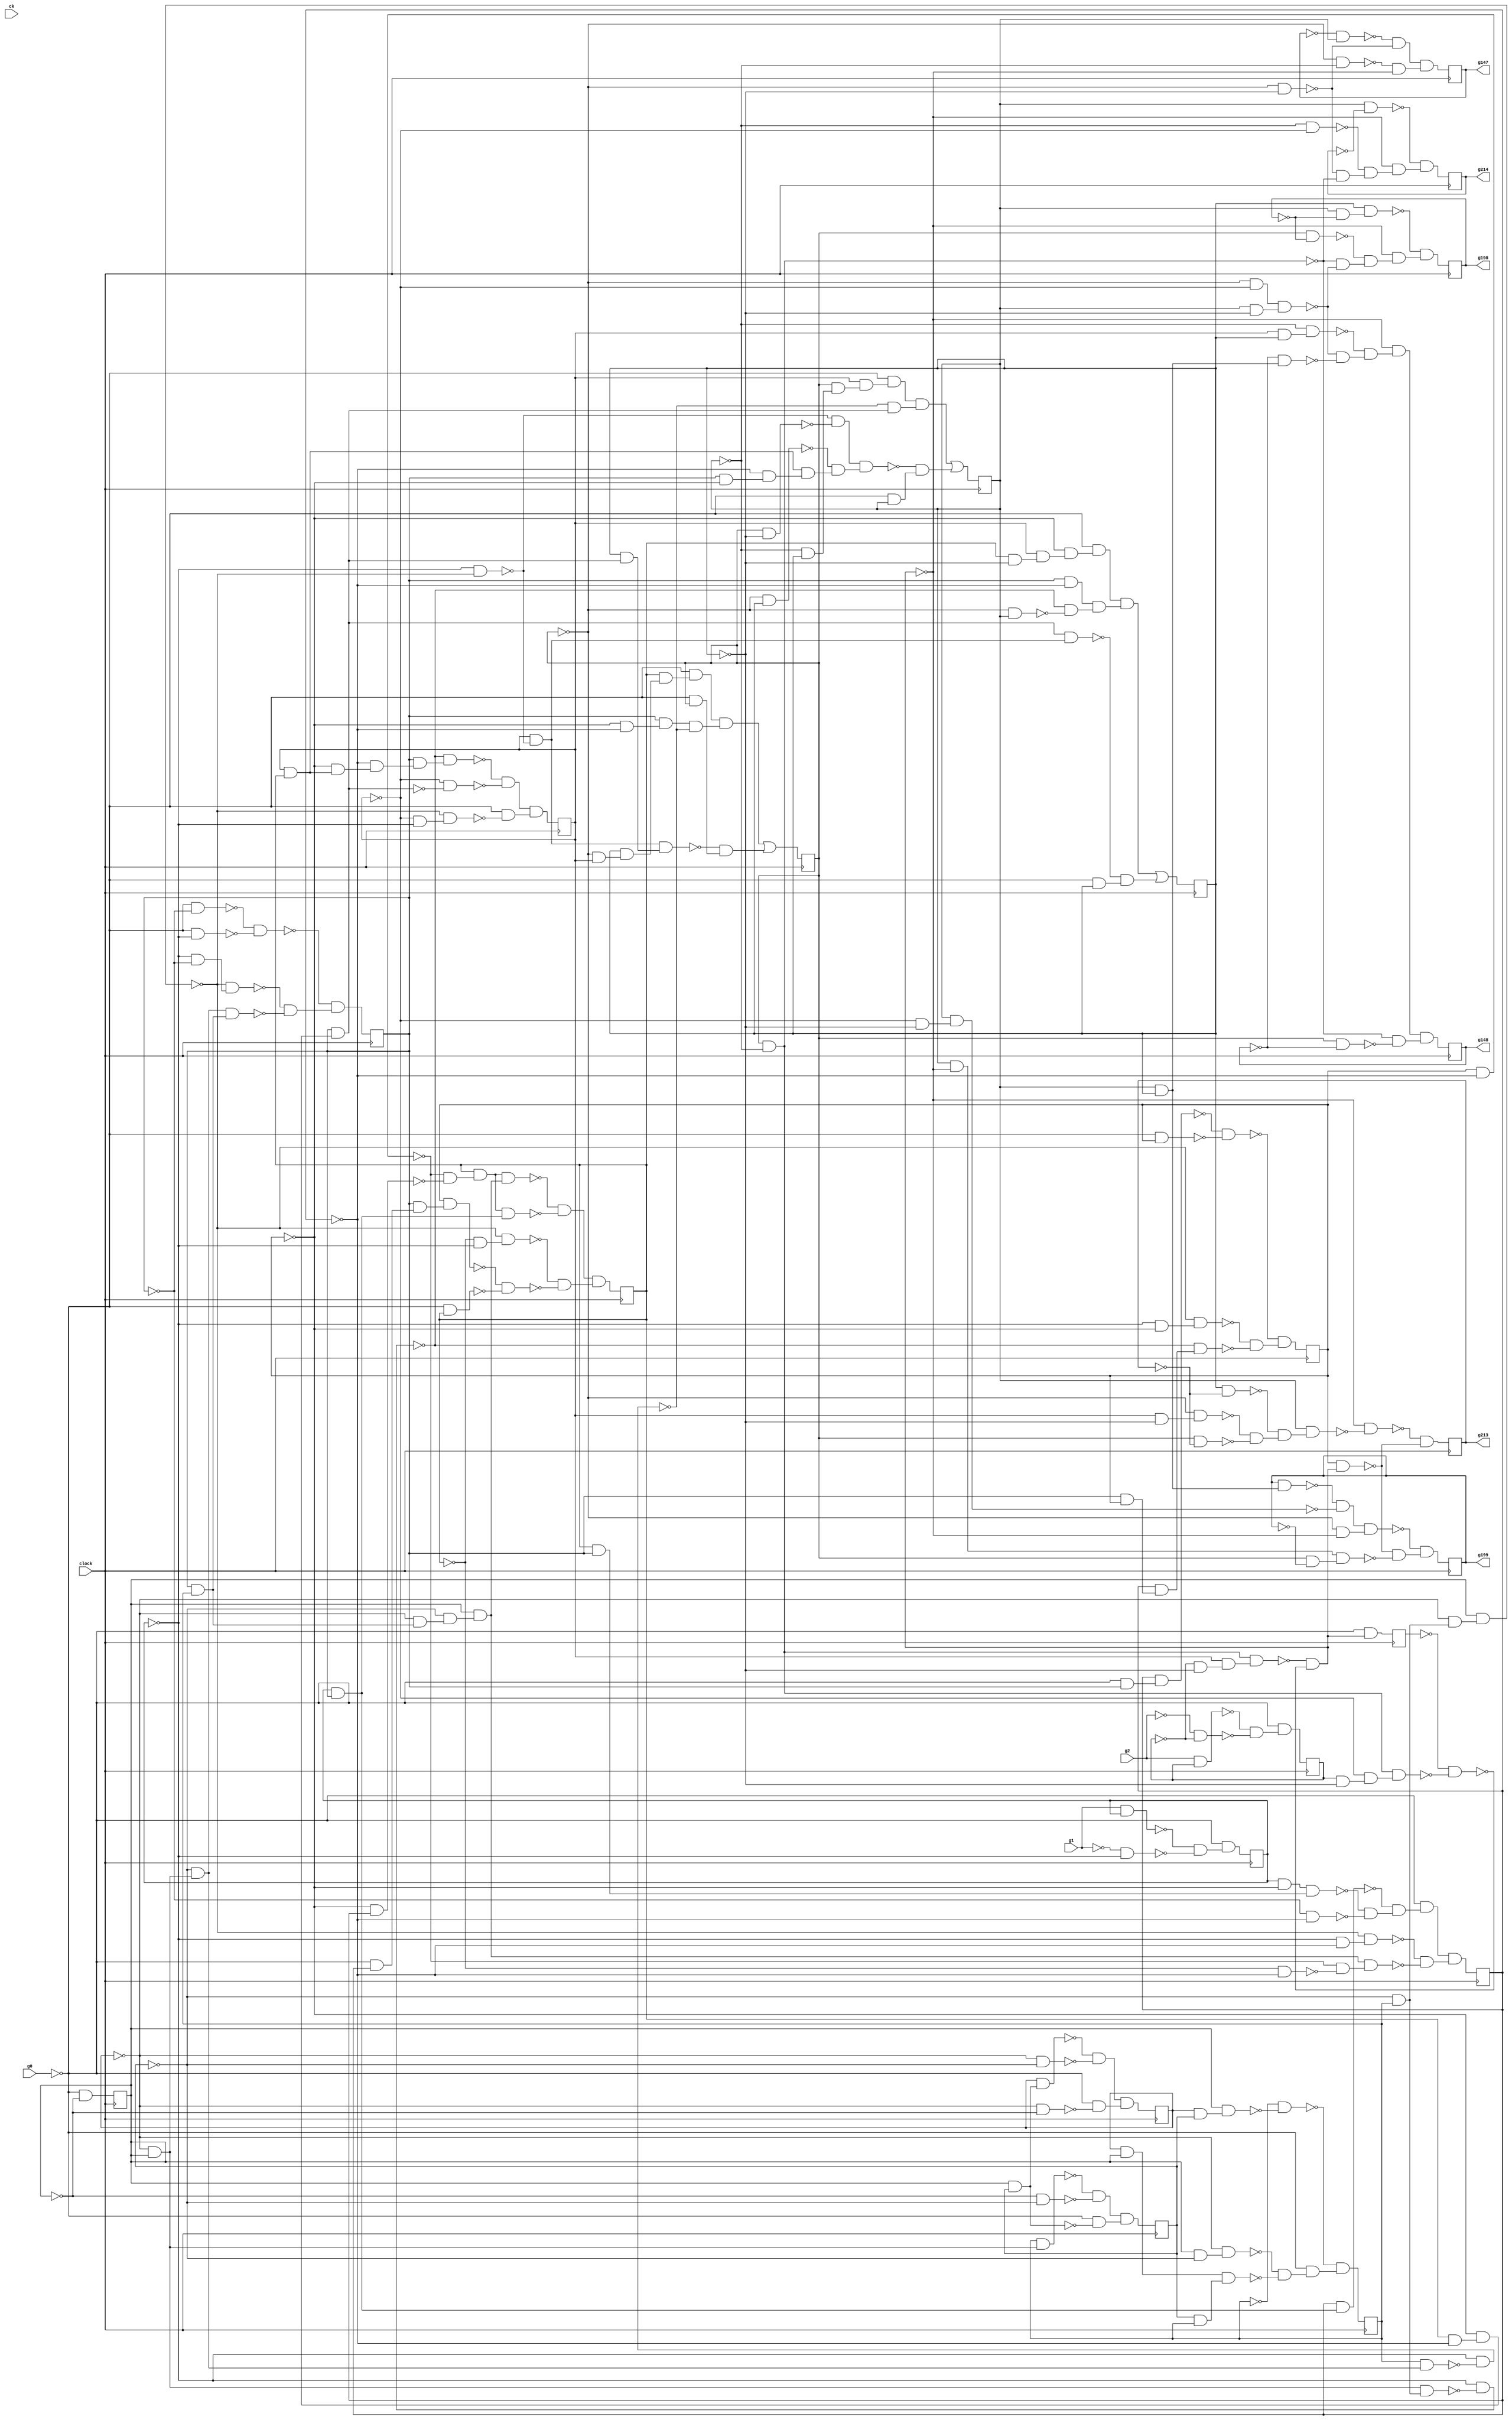
module top ( clock, 
    ck, g2, g1, g0,
    g214, g148, g147, g213, g199, g198  );
  input  clock;
  input  ck, g2, g1, g0;
  output g214, g148, g147, g213, g199, g198;
  reg ng12, ng23, ng24, ng14, ng13, ng22, ng20, ng10, ng19, ng11, ng29,
    ng21, ng30, ng16, ng27, ng15, ng28, ng18, ng25, ng17, ng26;
  wire new_n74_, new_n75_, new_n76_, new_n77_1_, new_n78_, new_n79_,
    new_n80_, new_n81_, new_n82_1_, new_n83_, new_n84_, new_n85_, new_n86_,
    new_n87_1_, new_n88_, new_n89_, new_n90_, new_n91_, new_n92_1_,
    new_n93_, new_n94_, new_n95_, new_n96_, new_n97_1_, new_n99_,
    new_n100_, new_n101_, new_n102_1_, new_n103_, new_n104_, new_n105_,
    new_n106_, new_n107_1_, new_n108_, new_n109_, new_n110_, new_n111_,
    new_n112_1_, new_n114_, new_n115_, new_n116_, new_n117_1_, new_n118_,
    new_n119_, new_n120_, new_n121_, new_n122_1_, new_n123_, new_n124_,
    new_n125_, new_n127_, new_n128_, new_n129_, new_n130_, new_n131_,
    new_n132_, new_n134_, new_n135_, new_n136_, new_n137_, new_n138_,
    new_n139_, new_n140_, new_n141_, new_n142_, new_n143_, new_n144_,
    new_n145_, new_n146_, new_n147_, new_n148_, new_n149_, new_n150_,
    new_n153_, new_n154_, new_n155_, new_n156_, new_n157_, new_n158_,
    new_n159_, new_n160_, new_n161_, new_n162_, new_n163_, new_n166_,
    new_n167_, new_n168_, new_n169_, new_n170_, new_n171_, new_n172_,
    new_n173_, new_n174_, new_n175_, new_n176_, new_n177_, new_n178_,
    new_n179_, new_n180_, new_n181_, new_n182_, new_n183_, new_n184_,
    new_n185_, new_n187_, new_n188_, new_n189_, new_n190_, new_n192_,
    new_n193_, new_n194_, new_n196_, new_n197_, new_n198_, new_n199_,
    new_n200_, new_n201_, new_n202_, new_n203_, new_n204_, new_n205_,
    new_n206_, new_n207_, new_n209_, new_n210_, new_n211_, new_n213_,
    new_n214_, new_n215_, new_n216_, new_n217_, new_n218_, new_n219_,
    new_n221_, new_n222_, new_n223_, new_n224_, new_n225_, new_n226_,
    new_n227_, new_n228_, new_n229_, new_n231_, new_n232_, new_n233_,
    new_n234_, new_n235_, new_n236_, new_n237_, new_n238_, new_n239_,
    new_n240_, new_n242_, new_n243_, new_n244_, new_n245_, new_n246_,
    new_n248_, new_n249_, new_n250_, new_n251_, new_n252_, new_n253_,
    new_n254_, new_n255_, new_n256_, new_n257_, new_n259_, new_n260_,
    new_n261_, new_n262_, new_n263_, new_n264_, new_n266_, new_n267_,
    new_n268_, new_n269_, new_n270_, new_n271_, new_n272_, new_n273_,
    new_n274_, new_n275_, new_n276_, new_n277_, new_n278_, new_n279_,
    new_n281_, new_n282_, new_n283_, new_n284_, new_n285_, new_n286_,
    new_n287_, new_n288_, new_n289_, new_n290_, n22, n27, n32, n37, n42,
    n47, n52, n57, n62, n67, n72, n77, n82, n87, n92, n97, n102, n107,
    n112, n117, n122;
  assign new_n74_ = ~ng12 & ng20;
  assign new_n75_ = ng21 & new_n74_;
  assign new_n76_ = ng19 & new_n75_;
  assign new_n77_1_ = ~ng18 & ~ng17;
  assign new_n78_ = ng16 & new_n77_1_;
  assign new_n79_ = ~ng14 & ng10;
  assign new_n80_ = ~ng11 & new_n79_;
  assign new_n81_ = ng15 & new_n80_;
  assign new_n82_1_ = ~ng30 & ~new_n81_;
  assign new_n83_ = ~g0 & new_n76_;
  assign new_n84_ = new_n78_ & ~new_n82_1_;
  assign new_n85_ = new_n83_ & new_n84_;
  assign new_n86_ = ~ng11 & ng15;
  assign new_n87_1_ = ~ng14 & new_n86_;
  assign new_n88_ = ng10 & new_n87_1_;
  assign new_n89_ = ~ng30 & ~new_n88_;
  assign new_n90_ = ng19 & ~ng17;
  assign new_n91_ = ~ng18 & new_n90_;
  assign new_n92_1_ = ng16 & new_n91_;
  assign new_n93_ = ng20 & ~new_n89_;
  assign new_n94_ = ng21 & new_n92_1_;
  assign new_n95_ = new_n93_ & new_n94_;
  assign new_n96_ = ~g0 & ng12;
  assign new_n97_1_ = ~new_n95_ & new_n96_;
  assign n22 = new_n85_ | new_n97_1_;
  assign new_n99_ = ~ng23 & ng13;
  assign new_n100_ = ~ng12 & ~ng21;
  assign new_n101_ = ~ng12 & ~ng13;
  assign new_n102_1_ = ng12 & ~ng13;
  assign new_n103_ = ~ng29 & ~ng21;
  assign new_n104_ = ng20 & new_n103_;
  assign new_n105_ = new_n102_1_ & new_n104_;
  assign new_n106_ = ng29 & ~ng21;
  assign new_n107_1_ = ~ng20 & new_n106_;
  assign new_n108_ = new_n102_1_ & new_n107_1_;
  assign new_n109_ = ~ng22 & ~new_n108_;
  assign new_n110_ = ~new_n105_ & ~new_n109_;
  assign new_n111_ = ~new_n99_ & ~new_n100_;
  assign new_n112_1_ = ~new_n101_ & ~new_n110_;
  assign n27 = new_n111_ & new_n112_1_;
  assign new_n114_ = ng12 & ~ng24;
  assign new_n115_ = ~ng12 & ~ng20;
  assign new_n116_ = ng13 & ~ng21;
  assign new_n117_1_ = new_n115_ & new_n116_;
  assign new_n118_ = ng13 & ng21;
  assign new_n119_ = ~ng24 & new_n118_;
  assign new_n120_ = ng20 & ng21;
  assign new_n121_ = ~ng13 & new_n120_;
  assign new_n122_1_ = ~new_n117_1_ & ~new_n119_;
  assign new_n123_ = ~new_n121_ & new_n122_1_;
  assign new_n124_ = ~new_n110_ & new_n123_;
  assign new_n125_ = ~new_n102_1_ & ~new_n114_;
  assign n32 = new_n124_ & new_n125_;
  assign new_n127_ = ng10 & ng11;
  assign new_n128_ = ng14 & new_n127_;
  assign new_n129_ = ~ng14 & ~ng11;
  assign new_n130_ = ~ng14 & ~ng10;
  assign new_n131_ = ~new_n128_ & ~new_n129_;
  assign new_n132_ = ~g0 & ~new_n130_;
  assign n37 = new_n131_ & new_n132_;
  assign new_n134_ = ~ng13 & ng21;
  assign new_n135_ = ng12 & new_n134_;
  assign new_n136_ = ng20 & new_n135_;
  assign new_n137_ = ~g0 & new_n136_;
  assign new_n138_ = ~new_n82_1_ & new_n92_1_;
  assign new_n139_ = new_n137_ & new_n138_;
  assign new_n140_ = ng12 & ~ng21;
  assign new_n141_ = ~ng12 & ng21;
  assign new_n142_ = ng20 & ng19;
  assign new_n143_ = ng16 & ~ng18;
  assign new_n144_ = ~ng17 & new_n143_;
  assign new_n145_ = new_n142_ & new_n144_;
  assign new_n146_ = ~new_n89_ & ~new_n140_;
  assign new_n147_ = ~new_n141_ & new_n145_;
  assign new_n148_ = new_n146_ & new_n147_;
  assign new_n149_ = ~g0 & ng13;
  assign new_n150_ = ~new_n148_ & new_n149_;
  assign n42 = new_n139_ | new_n150_;
  assign n47 = ~g0 & new_n110_;
  assign new_n153_ = ~ng18 & new_n142_;
  assign new_n154_ = new_n79_ & new_n86_;
  assign new_n155_ = ~ng30 & ~new_n154_;
  assign new_n156_ = ~ng17 & new_n153_;
  assign new_n157_ = ng16 & new_n156_;
  assign new_n158_ = ~new_n155_ & new_n157_;
  assign new_n159_ = ~ng20 & ~new_n92_1_;
  assign new_n160_ = ~ng20 & ~ng30;
  assign new_n161_ = ~new_n88_ & new_n160_;
  assign new_n162_ = ~new_n158_ & ~new_n159_;
  assign new_n163_ = ~g0 & ~new_n161_;
  assign n52 = new_n162_ & new_n163_;
  assign n57 = ~g0 & ~ng10;
  assign new_n166_ = ng16 & ng15;
  assign new_n167_ = ~ng14 & new_n166_;
  assign new_n168_ = ng18 & ~ng17;
  assign new_n169_ = ~ng18 & ng17;
  assign new_n170_ = ~new_n168_ & ~new_n169_;
  assign new_n171_ = ng19 & new_n170_;
  assign new_n172_ = ~ng11 & new_n167_;
  assign new_n173_ = ng10 & new_n172_;
  assign new_n174_ = new_n171_ & new_n173_;
  assign new_n175_ = ng30 & ng16;
  assign new_n176_ = new_n171_ & new_n175_;
  assign new_n177_ = ~ng19 & ~ng30;
  assign new_n178_ = ~new_n88_ & new_n177_;
  assign new_n179_ = ~g0 & ng17;
  assign new_n180_ = ng16 & new_n179_;
  assign new_n181_ = ng18 & new_n180_;
  assign new_n182_ = ~g0 & ng19;
  assign new_n183_ = ~new_n181_ & ~new_n182_;
  assign new_n184_ = ~new_n174_ & ~new_n176_;
  assign new_n185_ = ~new_n178_ & ~new_n183_;
  assign n62 = new_n184_ & new_n185_;
  assign new_n187_ = ng15 & new_n79_;
  assign new_n188_ = ~ng10 & ~ng11;
  assign new_n189_ = ~new_n187_ & ~new_n188_;
  assign new_n190_ = ~g0 & ~new_n127_;
  assign n67 = new_n189_ & new_n190_;
  assign new_n192_ = g2 & ng29;
  assign new_n193_ = ~g2 & ~ng29;
  assign new_n194_ = ~new_n192_ & ~new_n193_;
  assign n72 = ~g0 & new_n194_;
  assign new_n196_ = ng19 & ~ng21;
  assign new_n197_ = ng20 & new_n196_;
  assign new_n198_ = ~ng18 & new_n197_;
  assign new_n199_ = ng16 & ~ng17;
  assign new_n200_ = ~ng12 & ng13;
  assign new_n201_ = ~new_n155_ & ~new_n200_;
  assign new_n202_ = ~g0 & new_n198_;
  assign new_n203_ = new_n199_ & new_n201_;
  assign new_n204_ = new_n202_ & new_n203_;
  assign new_n205_ = new_n92_1_ & new_n93_;
  assign new_n206_ = ~g0 & ng21;
  assign new_n207_ = ~new_n205_ & new_n206_;
  assign n77 = new_n204_ | new_n207_;
  assign new_n209_ = g1 & ng30;
  assign new_n210_ = ~g1 & ~ng30;
  assign new_n211_ = ~new_n209_ & ~new_n210_;
  assign n82 = ~g0 & new_n211_;
  assign new_n213_ = ~ng30 & ~ng16;
  assign new_n214_ = ~new_n88_ & new_n213_;
  assign new_n215_ = new_n80_ & new_n166_;
  assign new_n216_ = ~g0 & ~ng16;
  assign new_n217_ = ~g0 & ~ng30;
  assign new_n218_ = ~new_n216_ & ~new_n217_;
  assign new_n219_ = ~new_n214_ & ~new_n215_;
  assign n87 = ~new_n218_ & new_n219_;
  assign new_n221_ = ng20 & ~ng21;
  assign new_n222_ = ~ng12 & new_n221_;
  assign new_n223_ = ng12 & ~ng27;
  assign new_n224_ = ng21 & ~ng27;
  assign new_n225_ = ~new_n222_ & ~new_n223_;
  assign new_n226_ = ~new_n224_ & new_n225_;
  assign new_n227_ = ng13 & new_n226_;
  assign new_n228_ = ~new_n110_ & ~new_n227_;
  assign new_n229_ = ng18 & new_n110_;
  assign n92 = ~new_n228_ & ~new_n229_;
  assign new_n231_ = ng14 & ng11;
  assign new_n232_ = ng10 & new_n231_;
  assign new_n233_ = ~ng15 & ~new_n232_;
  assign new_n234_ = ng10 & ~ng11;
  assign new_n235_ = ~ng14 & new_n234_;
  assign new_n236_ = ng14 & ng10;
  assign new_n237_ = ng11 & ng15;
  assign new_n238_ = new_n236_ & new_n237_;
  assign new_n239_ = ~new_n235_ & ~new_n238_;
  assign new_n240_ = ~g0 & new_n239_;
  assign n97 = ~new_n233_ & new_n240_;
  assign new_n242_ = ng13 & ~ng28;
  assign new_n243_ = ~ng13 & ~ng20;
  assign new_n244_ = ~new_n100_ & ~new_n102_1_;
  assign new_n245_ = ~new_n243_ & new_n244_;
  assign new_n246_ = ~new_n110_ & new_n245_;
  assign n102 = ~new_n242_ & new_n246_;
  assign new_n248_ = ~ng30 & ~ng18;
  assign new_n249_ = ~new_n88_ & new_n248_;
  assign new_n250_ = ng16 & ng18;
  assign new_n251_ = ng17 & new_n250_;
  assign new_n252_ = ~new_n155_ & new_n251_;
  assign new_n253_ = ~g0 & ng16;
  assign new_n254_ = ng17 & new_n253_;
  assign new_n255_ = ~g0 & ng18;
  assign new_n256_ = ~new_n254_ & ~new_n255_;
  assign new_n257_ = ~new_n249_ & ~new_n252_;
  assign n107 = ~new_n256_ & new_n257_;
  assign new_n259_ = ng13 & ~ng25;
  assign new_n260_ = ng21 & new_n259_;
  assign new_n261_ = ng12 & ~ng25;
  assign new_n262_ = ~new_n102_1_ & ~new_n117_1_;
  assign new_n263_ = ~new_n261_ & new_n262_;
  assign new_n264_ = ~new_n110_ & new_n263_;
  assign n112 = ~new_n260_ & new_n264_;
  assign new_n266_ = ~ng30 & ~ng17;
  assign new_n267_ = ~new_n88_ & new_n266_;
  assign new_n268_ = ~ng19 & ~ng17;
  assign new_n269_ = ~new_n168_ & ~new_n268_;
  assign new_n270_ = new_n173_ & new_n269_;
  assign new_n271_ = ng30 & ~ng18;
  assign new_n272_ = ng19 & ng16;
  assign new_n273_ = new_n271_ & new_n272_;
  assign new_n274_ = ~ng16 & ~ng17;
  assign new_n275_ = ng17 & new_n175_;
  assign new_n276_ = ~new_n273_ & ~new_n274_;
  assign new_n277_ = ~new_n275_ & new_n276_;
  assign new_n278_ = ~g0 & new_n277_;
  assign new_n279_ = ~new_n267_ & ~new_n270_;
  assign n117 = new_n278_ & new_n279_;
  assign new_n281_ = ng26 & new_n118_;
  assign new_n282_ = ~ng20 & ~ng21;
  assign new_n283_ = ng13 & new_n282_;
  assign new_n284_ = ~new_n281_ & ~new_n283_;
  assign new_n285_ = ~ng12 & ~new_n110_;
  assign new_n286_ = new_n284_ & new_n285_;
  assign new_n287_ = ng13 & ~new_n110_;
  assign new_n288_ = ng12 & ~ng26;
  assign new_n289_ = new_n287_ & new_n288_;
  assign new_n290_ = ~new_n229_ & ~new_n289_;
  assign n122 = ~new_n286_ & new_n290_;
  assign g214 = ng28;
  assign g148 = ng24;
  assign g147 = ng23;
  assign g213 = ng27;
  assign g199 = ng26;
  assign g198 = ng25;
  always @ (posedge clock) begin
    ng12 <= n22;
    ng23 <= n27;
    ng24 <= n32;
    ng14 <= n37;
    ng13 <= n42;
    ng22 <= n47;
    ng20 <= n52;
    ng10 <= n57;
    ng19 <= n62;
    ng11 <= n67;
    ng29 <= n72;
    ng21 <= n77;
    ng30 <= n82;
    ng16 <= n87;
    ng27 <= n92;
    ng15 <= n97;
    ng28 <= n102;
    ng18 <= n107;
    ng25 <= n112;
    ng17 <= n117;
    ng26 <= n122;
  end
endmodule